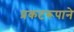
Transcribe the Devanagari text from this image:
प्रकटरूपाने